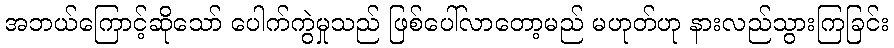
အဘယ်ကြောင့်ဆိုသော် ပေါက်ကွဲမှုသည် ဖြစ်ပေါ်လာတော့မည် မဟုတ်ဟု နားလည်သွားကြခြင်း